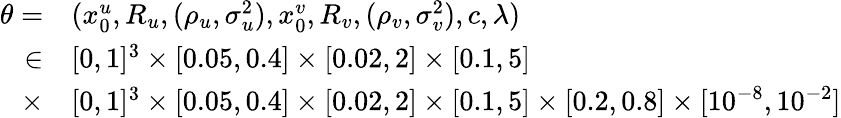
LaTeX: \begin{array}{rl}{\theta=}&{(x_{0}^{u},R_{u},(\rho_{u},\sigma_{u}^{2}),x_{0}^{v},R_{v},(\rho_{v},\sigma_{v}^{2}),c,\lambda)}\\ {\in}&{[0,1]^{3}\times[0.05,0.4]\times[0.02,2]\times[0.1,5]}\\ {\times}&{[0,1]^{3}\times[0.05,0.4]\times[0.02,2]\times[0.1,5]\times[0.2,0.8]\times[10^{-8},10^{-2}]}\end{array}